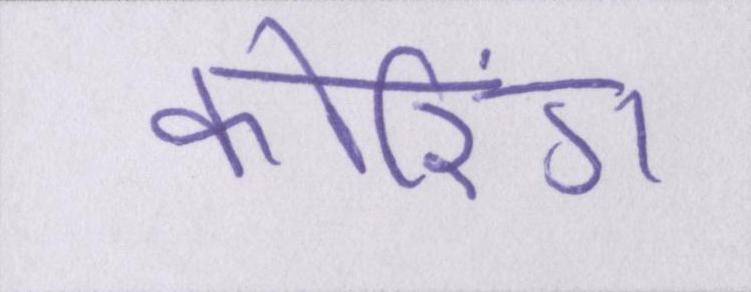
कोरिंग